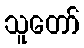
သူတော်